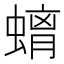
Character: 𮔮